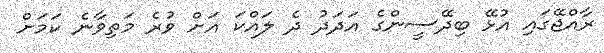
ރާއްޖޭގައި އުޅޭ ބިދޭސީންގެ އަދަދު ދެ ލައްކަ އަށް ވުރެ މަތިވާނެ ކަމަށް